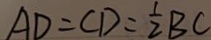
A D = C D = \frac { 1 } { 2 } B C